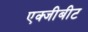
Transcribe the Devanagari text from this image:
एक्जीबीट